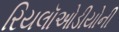
રિયલૉઓડીયોની